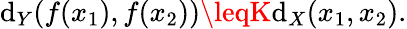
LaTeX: \mathrm{d}_{Y}(f(x_{1}),f(x_{2}))\leqK\mathrm{d}_{X}(x_{1},x_{2}).